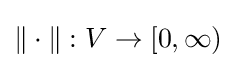
{\textstyle \|\cdot \|:V\to [0,\infty )}